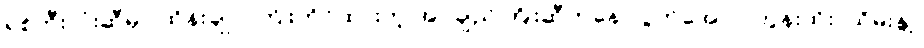
ရစ်ဘီးလုံးဆီမှာ ထိန်းချုပ် ကြိုးကိုင်ထားတဲ့ အပ်ချည်ကြိုးဆီကနေ လွတ်အောင် တွန်းထိုး၊ ယိမ်းနွဲ့၊